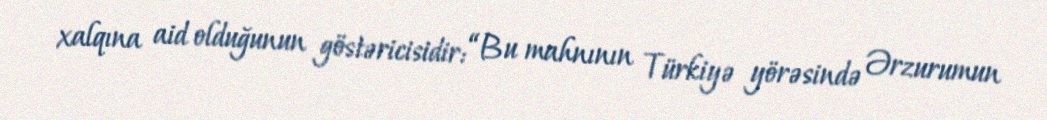
xalqına aid olduğunun göstəricisidir: “Bu mahnının Türkiyə yörəsində Ərzurumun